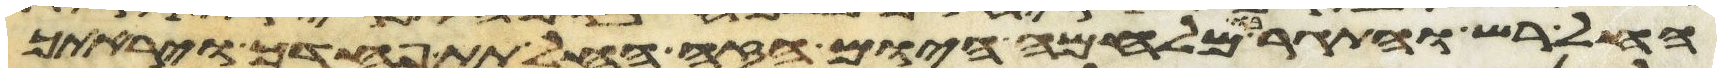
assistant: החל רש והתגר בו מלחמה היום הזה החל תת פחדך ויראתך